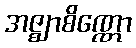
အဇ္ဈာစိဏ္ဏော